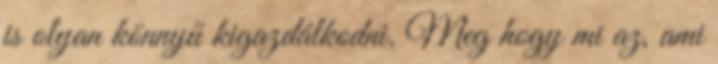
is olyan könnyű kigazdálkodni. Meg hogy mi az, ami